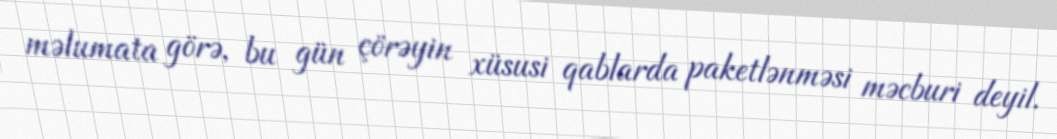
məlumata görə, bu gün çörəyin xüsusi qablarda paketlənməsi məcburi deyil.